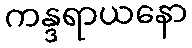
ကန္ဒရာယနော